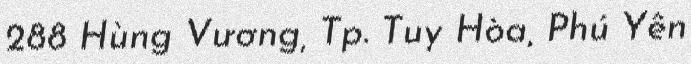
288 Hùng Vương, Tp. Tuy Hòa, Phú Yên